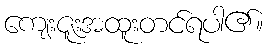
ကျေးဇူးအထူးတင်ရပါ၏။